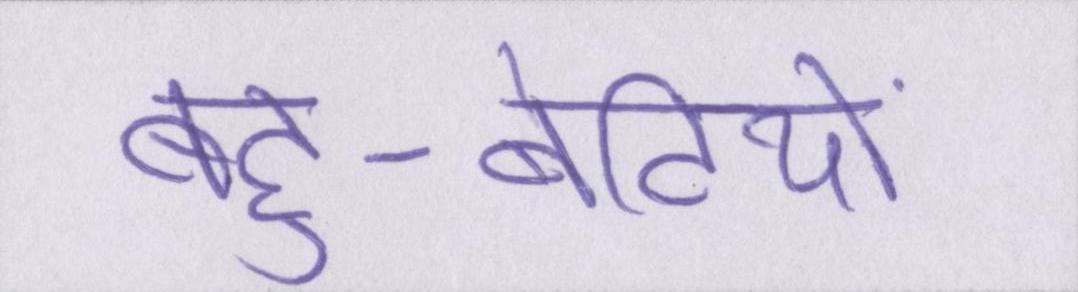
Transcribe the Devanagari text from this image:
बहु-बेटियों